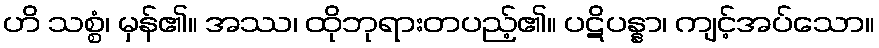
ဟိ သစ္စံ၊ မှန်၏။ အဿ၊ ထိုဘုရားတပည့်၏။ ပဋိပန္နာ၊ ကျင့်အပ်သော။